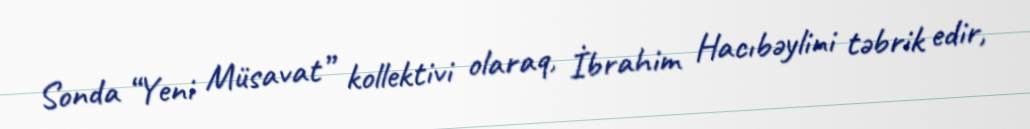
Sonda “Yeni Müsavat” kollektivi olaraq, İbrahim Hacıbəylini təbrik edir,